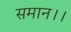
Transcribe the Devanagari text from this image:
समान।।